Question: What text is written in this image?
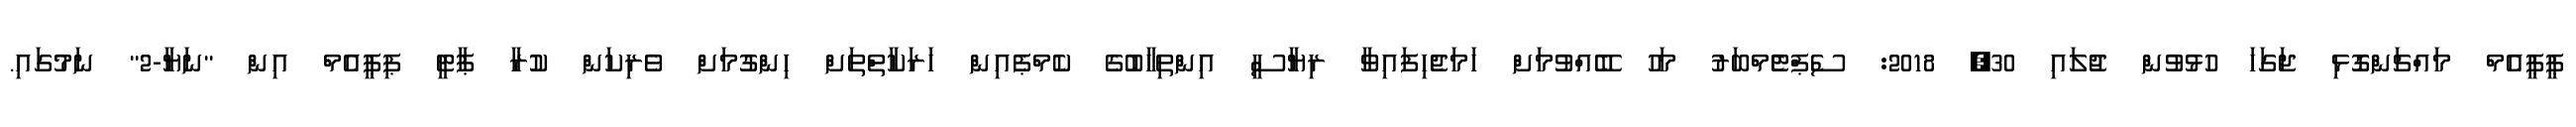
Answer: ޕީޕީއެމް މައްޗަންގޮޅި ޖަގަހަ ހުޅުވުން ޖުލައި 30, 2018: ސެޕްޓެެމްބަރު މަހު ބޭއްވުމަށް ހަމަޖެހިފައިވާ ރިޔާސީ އިންތިހާބުގެ ކެމްޕެއިން ހަރަކާތްތަށް ހިންގުމަށް ވެރިކަން ކުރާ ޕާޓީ ޕިޕީއެމް އިން "ނަޔާ-2" ނަމުގައި.